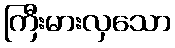
ကြီးမားလှသော